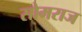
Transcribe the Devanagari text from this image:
सोमराज